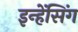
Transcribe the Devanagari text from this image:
इन्हेंसिंग